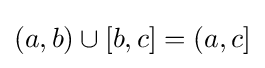
(a,b)\cup [b,c]=(a,c]